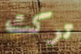
تركت